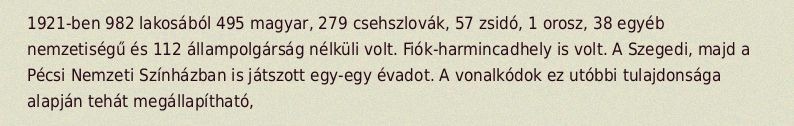
1921-ben 982 lakosából 495 magyar, 279 csehszlovák, 57 zsidó, 1 orosz, 38 egyéb nemzetiségű és 112 állampolgárság nélküli volt. Fiók-harmincadhely is volt. A Szegedi, majd a Pécsi Nemzeti Színházban is játszott egy-egy évadot. A vonalkódok ez utóbbi tulajdonsága alapján tehát megállapítható,